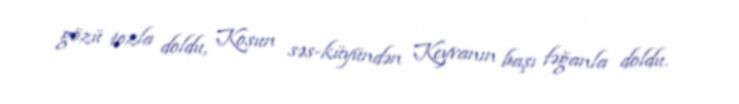
gözü tozla doldu, Kosun səs-küyündən Keyvanın başı fəğanla doldu.